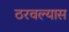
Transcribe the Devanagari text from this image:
ठरवल्यास